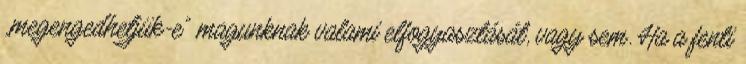
„megengedhetjük-e” magunknak valami elfogyasztását, vagy sem. Ha a fenti